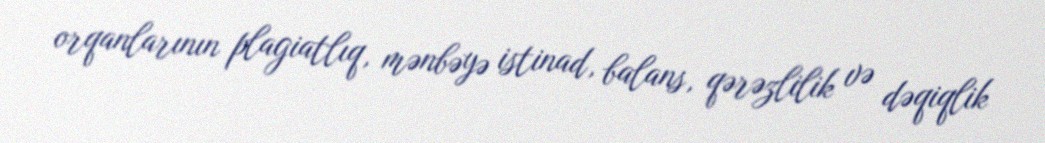
orqanlarının plagiatlıq, mənbəyə istinad, balans, qərəzlilik və dəqiqlik